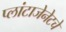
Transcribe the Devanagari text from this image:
प्लांटाजेनेटचे